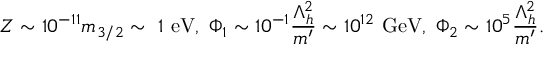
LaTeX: Z \sim 1 0 ^ { - 1 1 } m _ { 3 / 2 } \sim \ 1 \ \mathrm { e V } , \ \Phi _ { 1 } \sim 1 0 ^ { - 1 } \frac { \Lambda _ { h } ^ { 2 } } { m ^ { \prime } } \sim 1 0 ^ { 1 2 } \ \mathrm { G e V } , \ \Phi _ { 2 } \sim 1 0 ^ { 5 } \frac { \Lambda _ { h } ^ { 2 } } { m ^ { \prime } } .